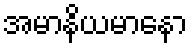
အမာနိယမာနော